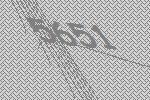
5651